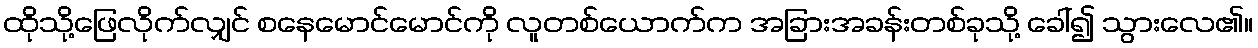
ထိုသို့ဖြေလိုက်လျှင် စနေမောင်မောင်ကို လူတစ်ယောက်က အခြားအခန်းတစ်ခုသို့ ခေါ်၍ သွားလေ၏။